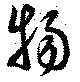
物